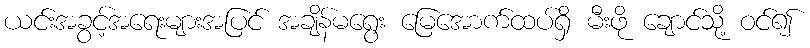
ယင်းအခွင့်အရေးများအပြင် အချိန်မရွေး မြေအောက်ထပ်ရှိ မီးဖို ချောင်သို့ ဝင်၍